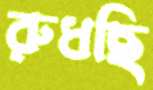
রুধছি